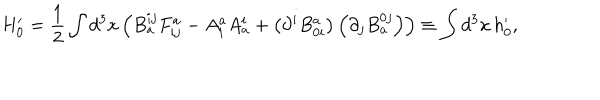
LaTeX: H _ { 0 } ^ { \prime } = \frac { 1 } { 2 } \int d ^ { 3 } x \left( B _ { a } ^ { i j } F _ { i j } ^ { a } - A _ { i } ^ { a } A _ { a } ^ { i } + \left( \partial ^ { i } B _ { 0 i } ^ { a } \right) \left( \partial _ { j } B _ { a } ^ { 0 j } \right) \right) \equiv \int d ^ { 3 } x \, h _ { 0 } ^ { \prime } ,